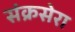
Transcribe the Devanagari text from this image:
संक्रसेरा